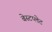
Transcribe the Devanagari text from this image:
बेस्टप्लेट